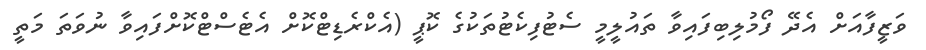
ވަޒީފާއަށް އެދޭ ފޯމުލިބިފައިވާ ތައުލީމީ ސެޓުފިކެޓުތަކުގެ ކޮޕީ (އެކްރެޑިޓްކޮށް އެޓެސްޓްކޮށްފައިވާ ނުވަތަ މަތީ